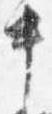
中